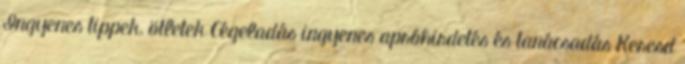
Ingyenes tippek, ötletek Cégeladás ingyenes apróhirdetés és tanácsadás Keresd